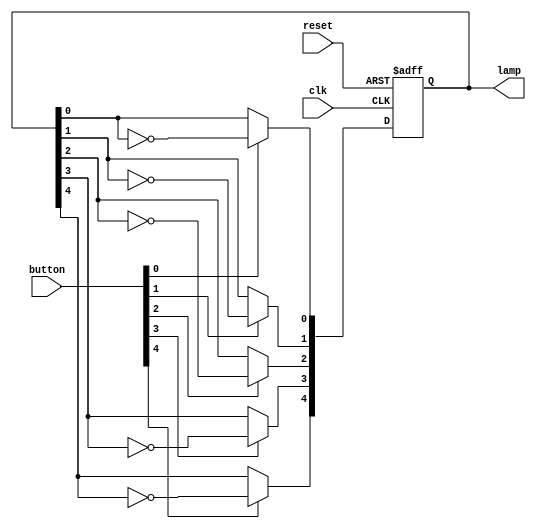
module LampHandball(
    input wire clk,          // Clock signal
    input wire reset,        // Reset button
    input wire [4:0] button, // Buttons for toggling lamps
    output reg [4:0] lamp    // Lamp states (5 lamps)
);

// On the positive edge of the clock or when reset is activated
always @(posedge clk or posedge reset) begin
    if (reset) begin
        lamp <= 5'b00000; // Reset all lamps to off state
    end else begin
        lamp[0] <= button[0] ? ~lamp[0] : lamp[0]; // Toggle lamp 0
        lamp[1] <= button[1] ? ~lamp[1] : lamp[1]; // Toggle lamp 1
        lamp[2] <= button[2] ? ~lamp[2] : lamp[2]; // Toggle lamp 2
        lamp[3] <= button[3] ? ~lamp[3] : lamp[3]; // Toggle lamp 3
        lamp[4] <= button[4] ? ~lamp[4] : lamp[4]; // Toggle lamp 4
    end
end

endmodule